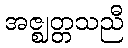
အဇ္ဈတ္တသညီ